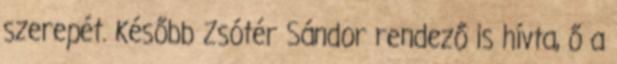
szerepét. Később Zsótér Sándor rendező is hívta, ő a